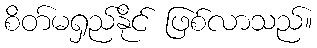
စိတ်မရှည်နိုင် ဖြစ်လာသည်။